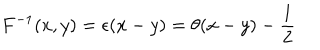
F ^ { - 1 } ( x , y ) = \epsilon ( x - y ) = \theta ( x - y ) - { \frac { 1 } { 2 } }